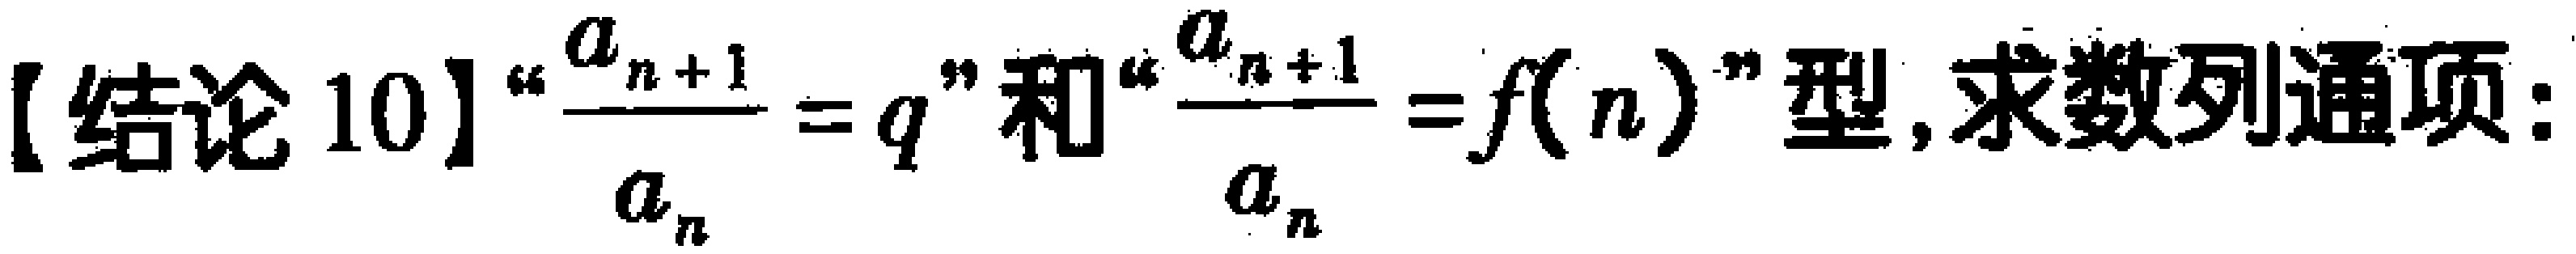
【结论 10】“$\frac{a_{n + 1}}{a_{n}} = q$”和“$\frac{a_{n + 1}}{a_{n}} = f(n)$”型,求数列通项: